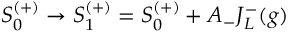
S _ { 0 } ^ { ( + ) } \rightarrow S _ { 1 } ^ { ( + ) } = S _ { 0 } ^ { ( + ) } + A _ { - } J _ { L } ^ { - } ( g )